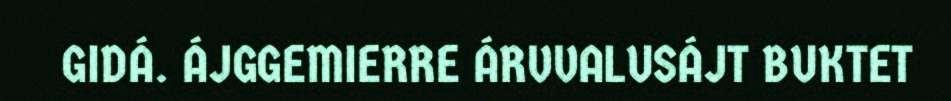
GIDÁ. ÁJGGEMIERRE ÁRVVALUSÁJT BUKTET